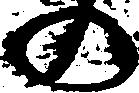
の